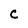
Character: C